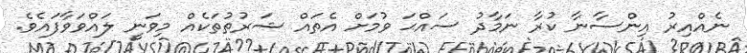
ނެއްއިރު އިންސާނާ ކުރާ ނަމާދު ސައްޙަ ވުމަށް އެތައް ޝަރުތުތަކެއް މިވަނީ ލައްވަވާފައެވެ.